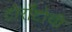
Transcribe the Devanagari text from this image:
टोराँटोची